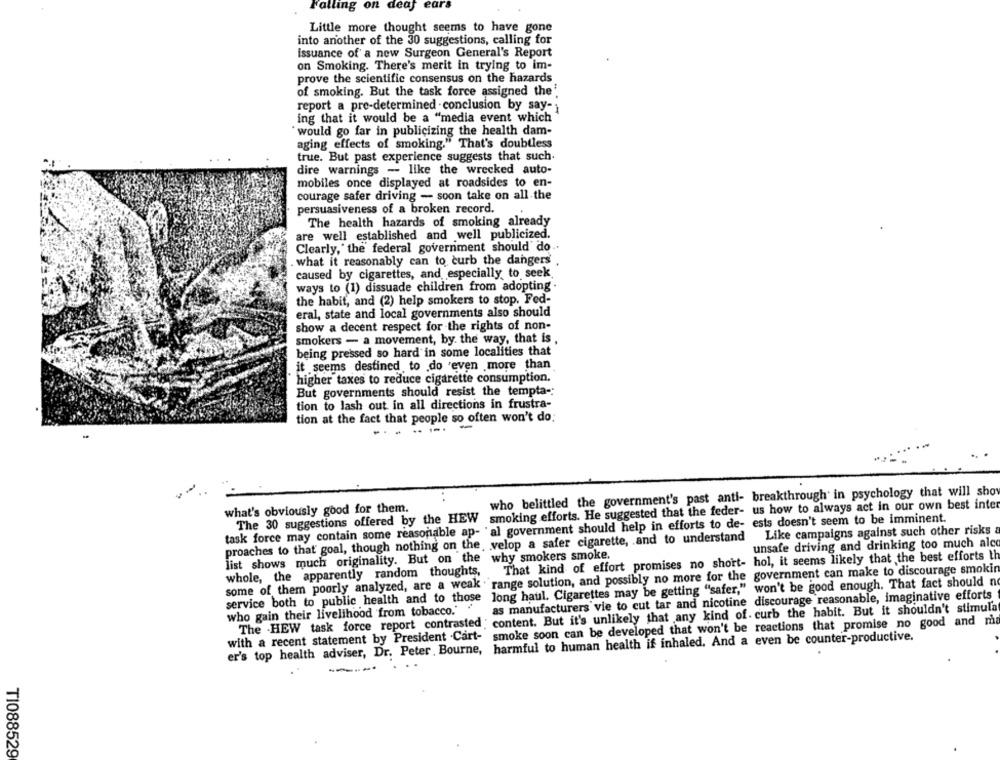
Falling on deaf
ears
Little more thought seems to have gone
into another of the 30 suggestions, calling for
issuance of a new Surgeon General's Report
on Smoking. There's merit in trying to im-
prove the scientific consensus on the hazards
of smoking. But the task force assigned the'
report a pre-determined -conclusion by say-
ing that it would be a "media event which
"would go far in publicizing the health dam-
aging effects of smoking." That's doubtless
true. But past experience suggests that such.
dire warnings - like the wrecked auto-
mobiles once displayed at roadsides to en-
courage safer driving - soon take on all the
persuasiveness of a broken record.
The health hazards of smoking already
are well established and well publicized.
Clearly," the federal government should' do.
. what it reasonably can to curb the dangers .
caused by cigarettes, and, especially to seek.
ways to (1) dissuade children from adopting .
the habit, and (2) help smokers to stop. Fed-
eral, state and local governments also should
show a decent respect for the rights of non-
smokers - a movement, by the way, that is ,
being pressed so hard in some localities that
it seems destined to do even more than
higher taxes to reduce cigarette consumption.
But governments should resist the tempta-
tion to lash out in all directions in frustra-
tion at the fact that people so often won't do:
......
who belittled the government's past anti- breakthrough in psychology that will show
what's obviously good for them.
The 30 suggestions offered by the HEW smoking efforts. He suggested that the feder- us how to always act in our own best inter
task force may contain some reasonable ap- al government should help in efforts to de- ests doesn't seem to be imminent.
proaches to that goal, though nothing on the, velop a safer cigarette, and to understand Like campaigns against such other risks
unsafe driving and drinking too much alco
list shows much originality. But on the why smokers smoke.
That kind of effort promises no short- hol, it seems likely that the best efforts th
some of them poorly analyzed, are a weak . range solution, and possibly no more for the government can make to discourage smokin
whole, the apparently random thoughts,
long haul. Cigarettes may be getting "safer," won't be good enough. That fact should no
service both to public health and to those
as manufacturers vie to cut tar and nicotine discourage reasonable, imaginative efforts
The HEW task force report contrasted : content. But it's unlikely that any kind of. curb the habit. But it shouldn't stimula
who gain their livelihood from tobacco.'
with a recent statement by President .Cart- smoke soon can be developed that won't be reactions that promise no good and ma
er's top health adviser, Dr. Peter , Bourne, harmful to human health if inhaled. And a even be counter-productive.
T1088529